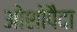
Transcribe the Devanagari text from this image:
ओशोपैदा